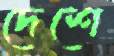
দেশে